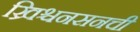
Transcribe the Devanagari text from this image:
ख्रिश्चनसनची